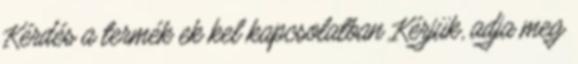
Kérdés a termék ek kel kapcsolatban Kérjük, adja meg